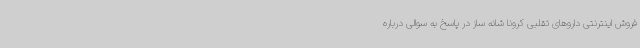
فروش اینترنتی داروهای تقلبی کرونا شانه ساز در پاسخ به سوالی درباره